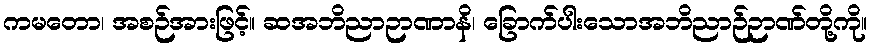
ကမတော၊ အစဉ်အားဖြင့်။ ဆအဘိညာဉာဏာနိ၊ ခြောက်ပါးသောအဘိညာဉ်ဉာဏ်တို့ကို။